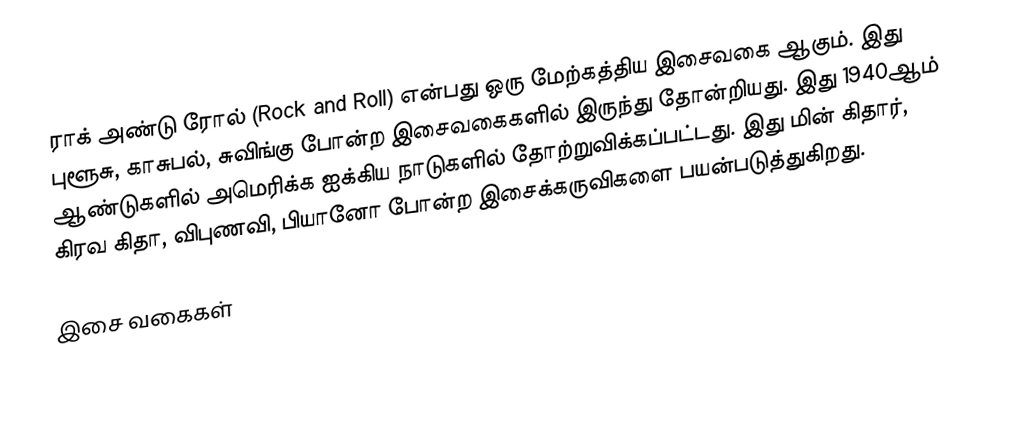
ராக் அண்டு ரோல் (Rock and Roll) என்பது ஒரு மேற்கத்திய இசைவகை ஆகும். இது புளூசு, காசுபல், சுவிங்கு போன்ற இசைவகைகளில் இருந்து தோன்றியது. இது 1940ஆம் ஆண்டுகளில் அமெரிக்க ஐக்கிய நாடுகளில் தோற்றுவிக்கப்பட்டது. இது மின் கிதார், கிரவ கிதா, விபுணவி, பியானோ போன்ற இசைக்கருவிகளை பயன்படுத்துகிறது.

இசை வகைகள்